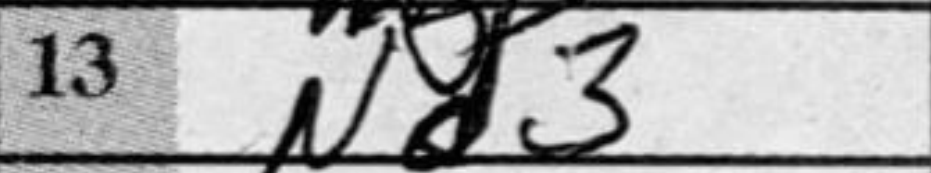
Transcription: Nd3